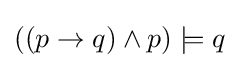
((p\to q)\land p)\models q